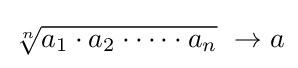
{\sqrt[{n}]{a_{1}\cdot a_{2}\cdot \cdots \cdot a_{n}}}\ \to a